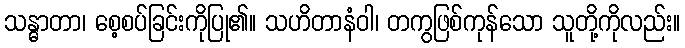
သန္ဓာတာ၊ စေ့စပ်ခြင်းကိုပြု၏။ သဟိတာနံဝါ၊ တကွဖြစ်ကုန်သော သူတို့ကိုလည်း။